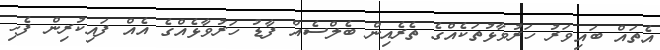
އެތައް ބައިވަރު ހަރުވާޅުތަކެއްގެ ތެރެއިން ބެލްސެއް ފާޑު ހަރުވާޅެއްގެ އެއް ފައިކުރިން ފެހި